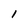
Character: l